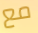
مع